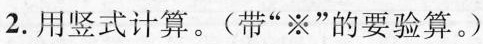
2.用竖式计算。(带”※”的要验算。)